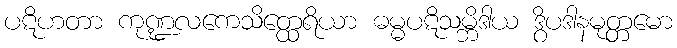
ပဋိဟတာ ကုဏ္ဍလကေသိတ္ထေရိယာ ဓမ္မပဋိသမ္ဘိဒါယ ဒွိပဒါနမုတ္တမော